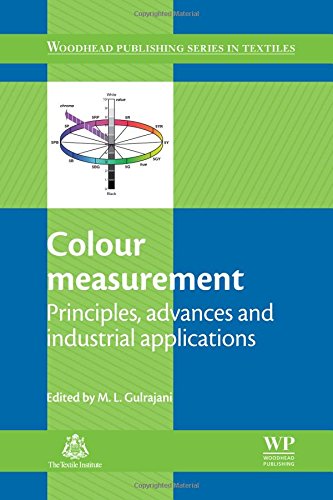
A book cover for Colour Measurement: Principles, Advances and Industrial Applications (Woodhead Publishing Series in Textiles); Business & Money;